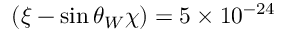
( \xi - \sin \theta _ { W } \chi ) = 5 \times 1 0 ^ { - 2 4 }